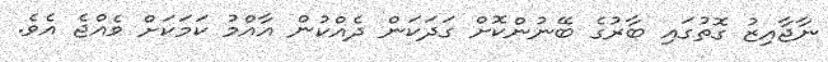
ނާޖާއިޒު ގޮތުގައި ބާރުގެ ބޭނުންކޮށް ގަދަކަން ދެއްކުން އާއްމު ކަމަކަށް ވެއްޖެ އެވެ.